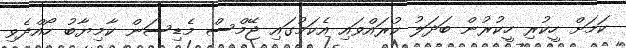
ކަމަށް ހީކުރި ހީކުރުން ބަދަލު ކުރައްވައި އެކަމުގައި ޖޭމްސް މެޑިސަން ކާމިޔާބު ހޯއްދެވި